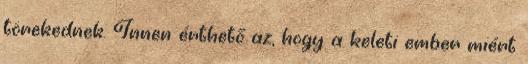
törekednek. Innen érthető az, hogy a keleti ember miért